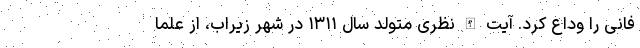
فانی را وداع کرد. آیت الله نظری متولد سال ۱۳۱۱ در شهر زیراب، از علما